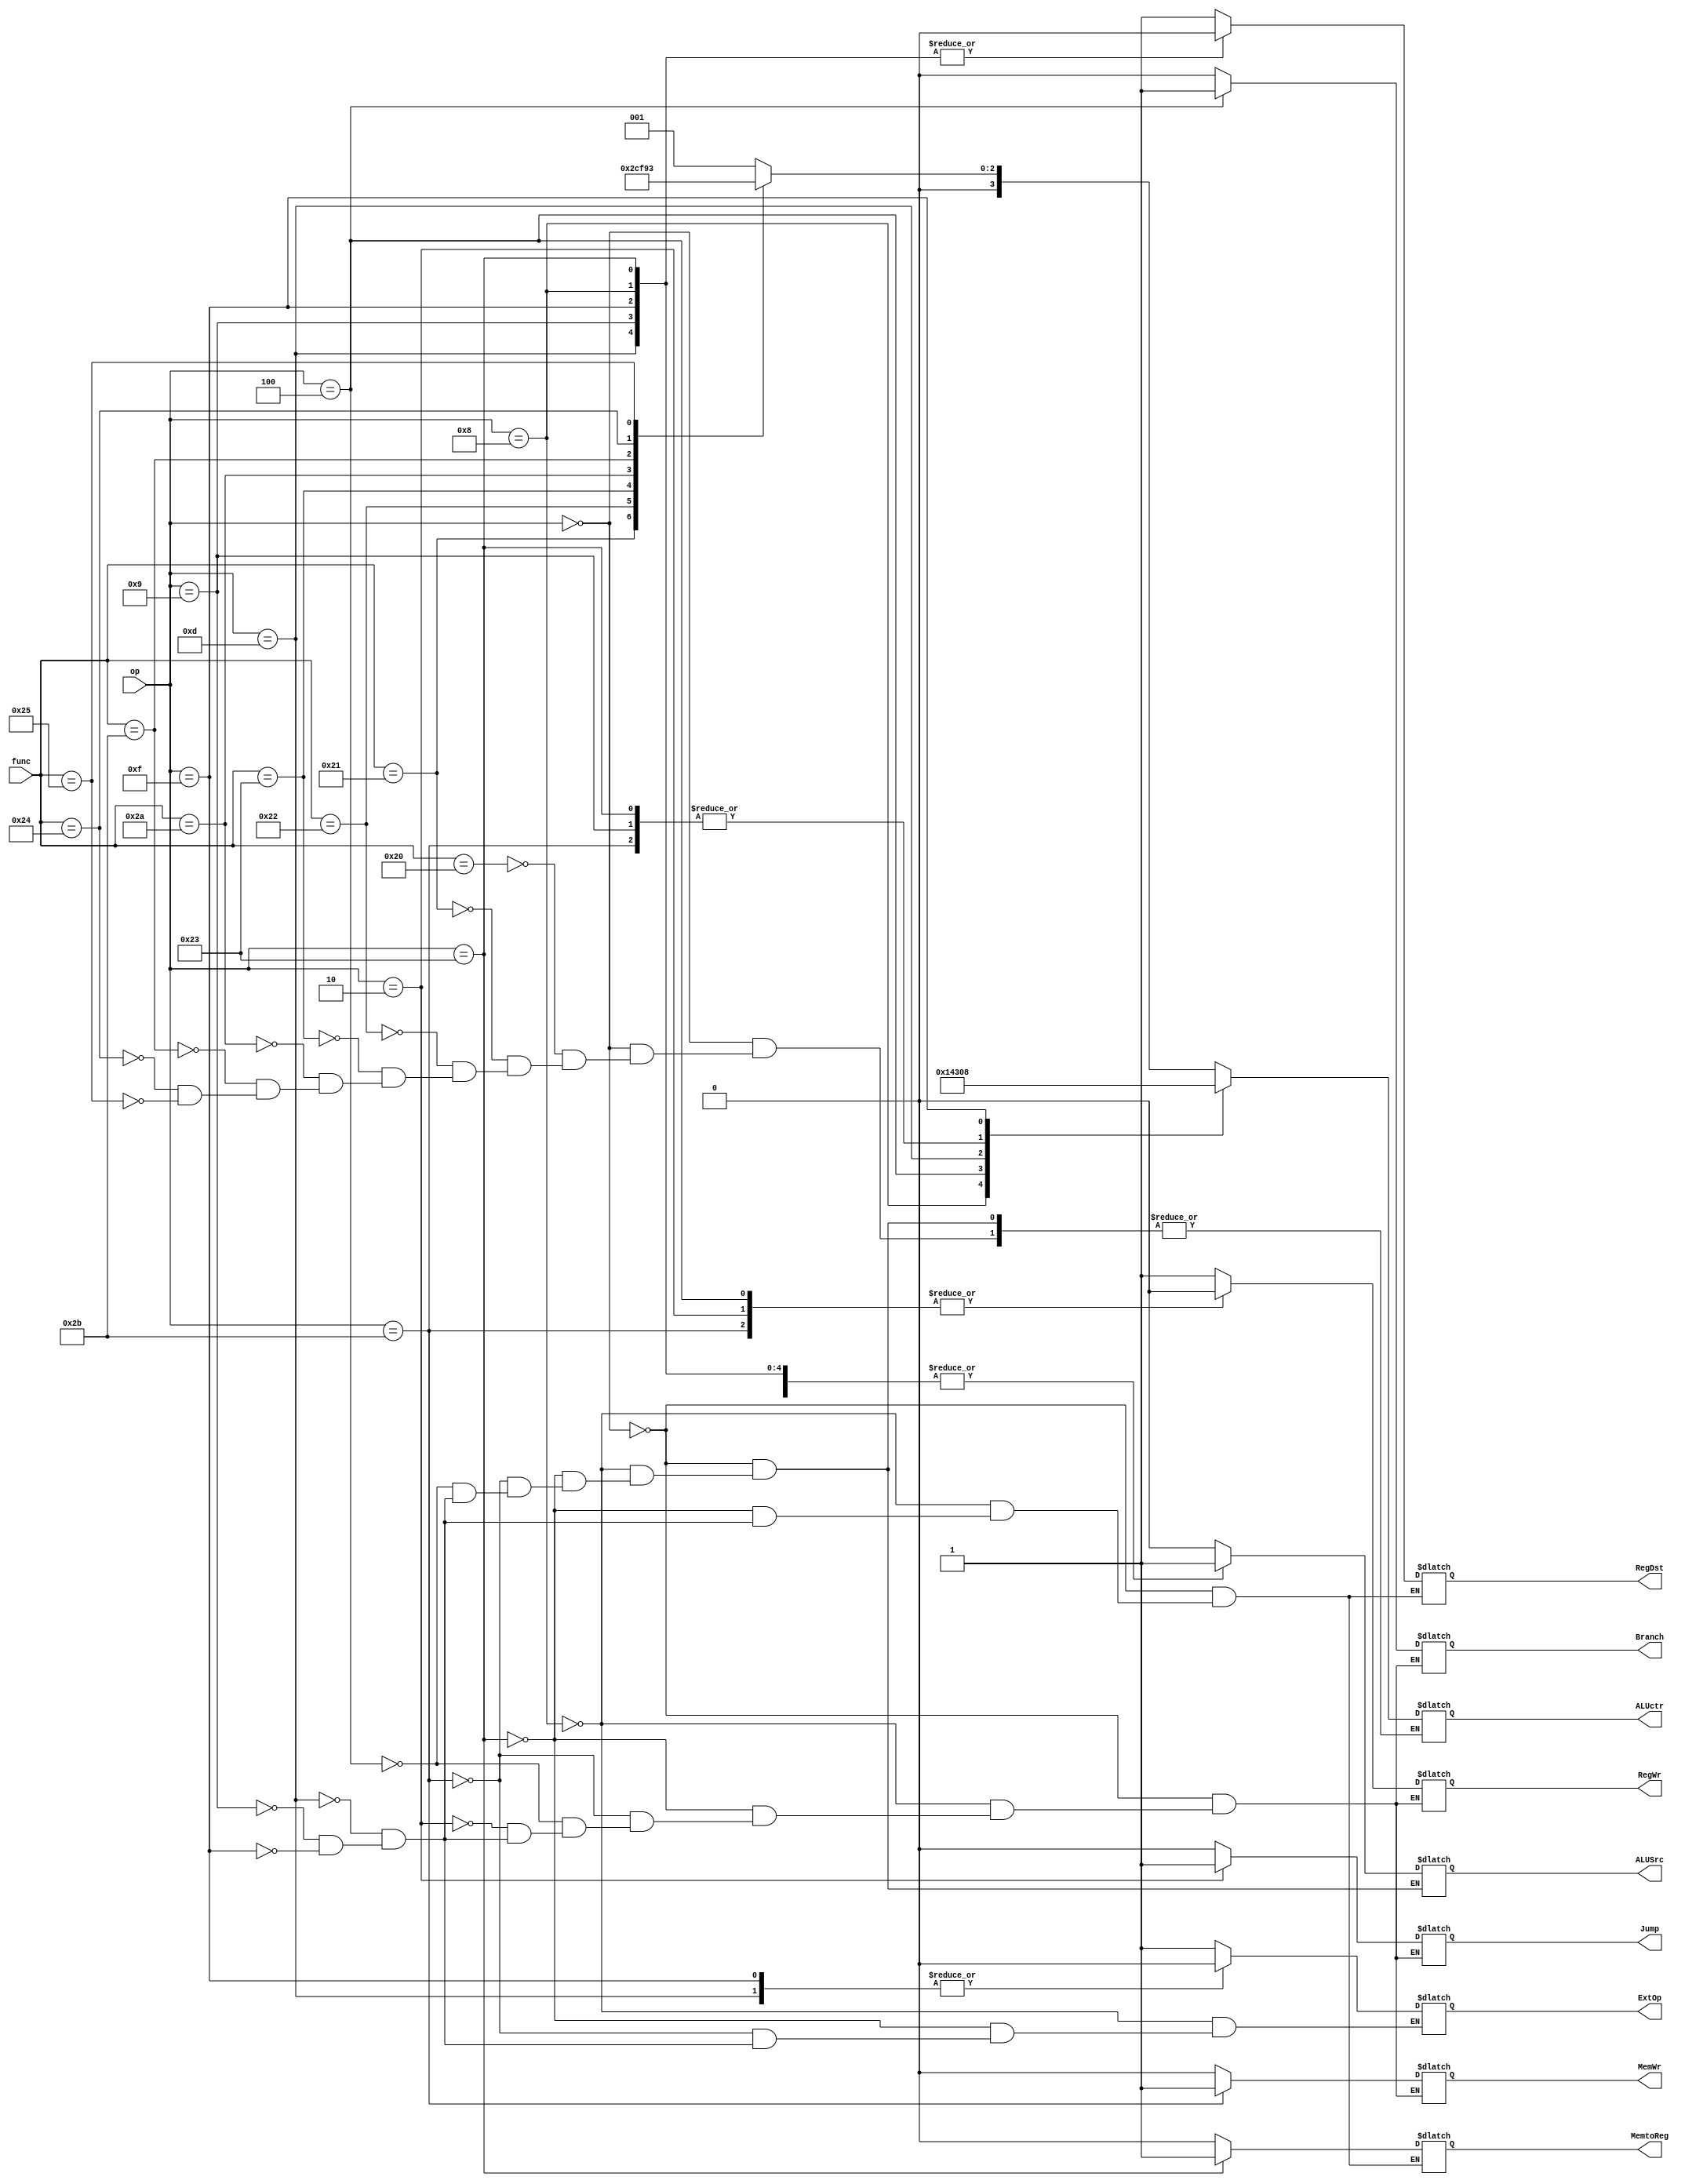
`timescale 1ns / 1ps

module ctrl(
    input [5:0] op,
    input [5:0] func,
    output reg Branch,
    output reg Jump,
    output reg RegDst,
    output reg ALUSrc,
    output reg [3:0] ALUctr,
    output reg MemtoReg,
    output reg RegWr,
    output reg MemWr,
    output reg ExtOp
    );
    //op
    parameter 	R = 6'b000000,
				addi = 6'b001000,
				lw = 6'b100011,
				sw = 6'b101011,
				beq = 6'b000100,
				jump = 6'b000010,
				ori = 6'b001101,
				addiu = 6'b001001,
                lui = 6'b001111;
                
    //func
    parameter 	add = 6'b100000,
				addu = 6'b100001,
                sub = 6'b100010,
                subu = 6'b100011,
                slt = 6'b101010,
                sltu = 6'b101011,
				AND = 6'b100100,
				OR = 6'b100101;
                
    always@(*)
    begin
        case (op)
            R:
			begin             //  R-Instruction
                Branch = 0;
                Jump = 0;
                RegDst = 1;
                ALUSrc = 0;
                MemtoReg = 0;
                RegWr = 1;
                MemWr = 0;
                case (func)
                    add:ALUctr = 4'b0001;
					addu:ALUctr = 4'b0000;
                    sub:ALUctr = 4'b0101;
                    subu:ALUctr = 4'b0100;
                    slt:ALUctr = 4'b0111;
                    sltu:ALUctr = 4'b0110; 
					AND:ALUctr = 4'b0010;
					OR:ALUctr = 4'b0011;
				endcase
			end
			addi:
			begin
				Branch = 0;
                Jump = 0;
                RegDst = 0;
				ALUSrc = 1;
				ALUctr = 4'b0001;
				MemtoReg = 0;
				RegWr = 1;
				MemWr = 0;
				ExtOp = 1;
			end
            lw:
			begin
                Branch = 0;
                Jump = 0;
                RegDst = 0;
				ALUSrc = 1;
				ALUctr = 4'b0000;
				MemtoReg = 1;
				RegWr = 1;
				MemWr = 0;
				ExtOp = 1;
			end
			sw:
			begin
                Branch = 0;
                Jump = 0;
				ALUSrc = 1;
				ALUctr = 4'b0000;
				RegWr = 0;
				MemWr = 1;
				ExtOp = 1;
			end
			beq:
			begin
				Branch = 1;
                Jump = 0;
				ALUSrc = 0;
				ALUctr = 4'b0100;
				RegWr = 0;
				MemWr = 0;
			end
			jump:
			begin
			    Branch = 0;
                Jump = 1;
				RegWr = 0;
				MemWr = 0;
			end
			ori:
			begin
				Branch = 0;
                Jump = 0;
                RegDst = 0;
				ALUSrc = 1;
				ALUctr = 4'b0011;
				MemtoReg = 0;
				RegWr = 1;
				MemWr = 0;
				ExtOp = 0;
			end
			addiu:
			begin
				Branch = 0;
                Jump = 0;
                RegDst = 0;
				ALUSrc = 1;
				ALUctr = 4'b0000;
				MemtoReg = 0;
				RegWr = 1;
				MemWr = 0;
				ExtOp = 1;
			end
			lui:
			begin
				Branch = 0;
                Jump = 0;
                RegDst = 0;
				ALUSrc = 1;
				ALUctr = 4'b1000;
				MemtoReg = 0;
				RegWr = 1;
				MemWr = 0;
				ExtOp = 0;
			end
        endcase
	end
endmodule